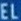
EEL